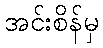
အင်းစိန်မှ